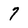
Character: 7